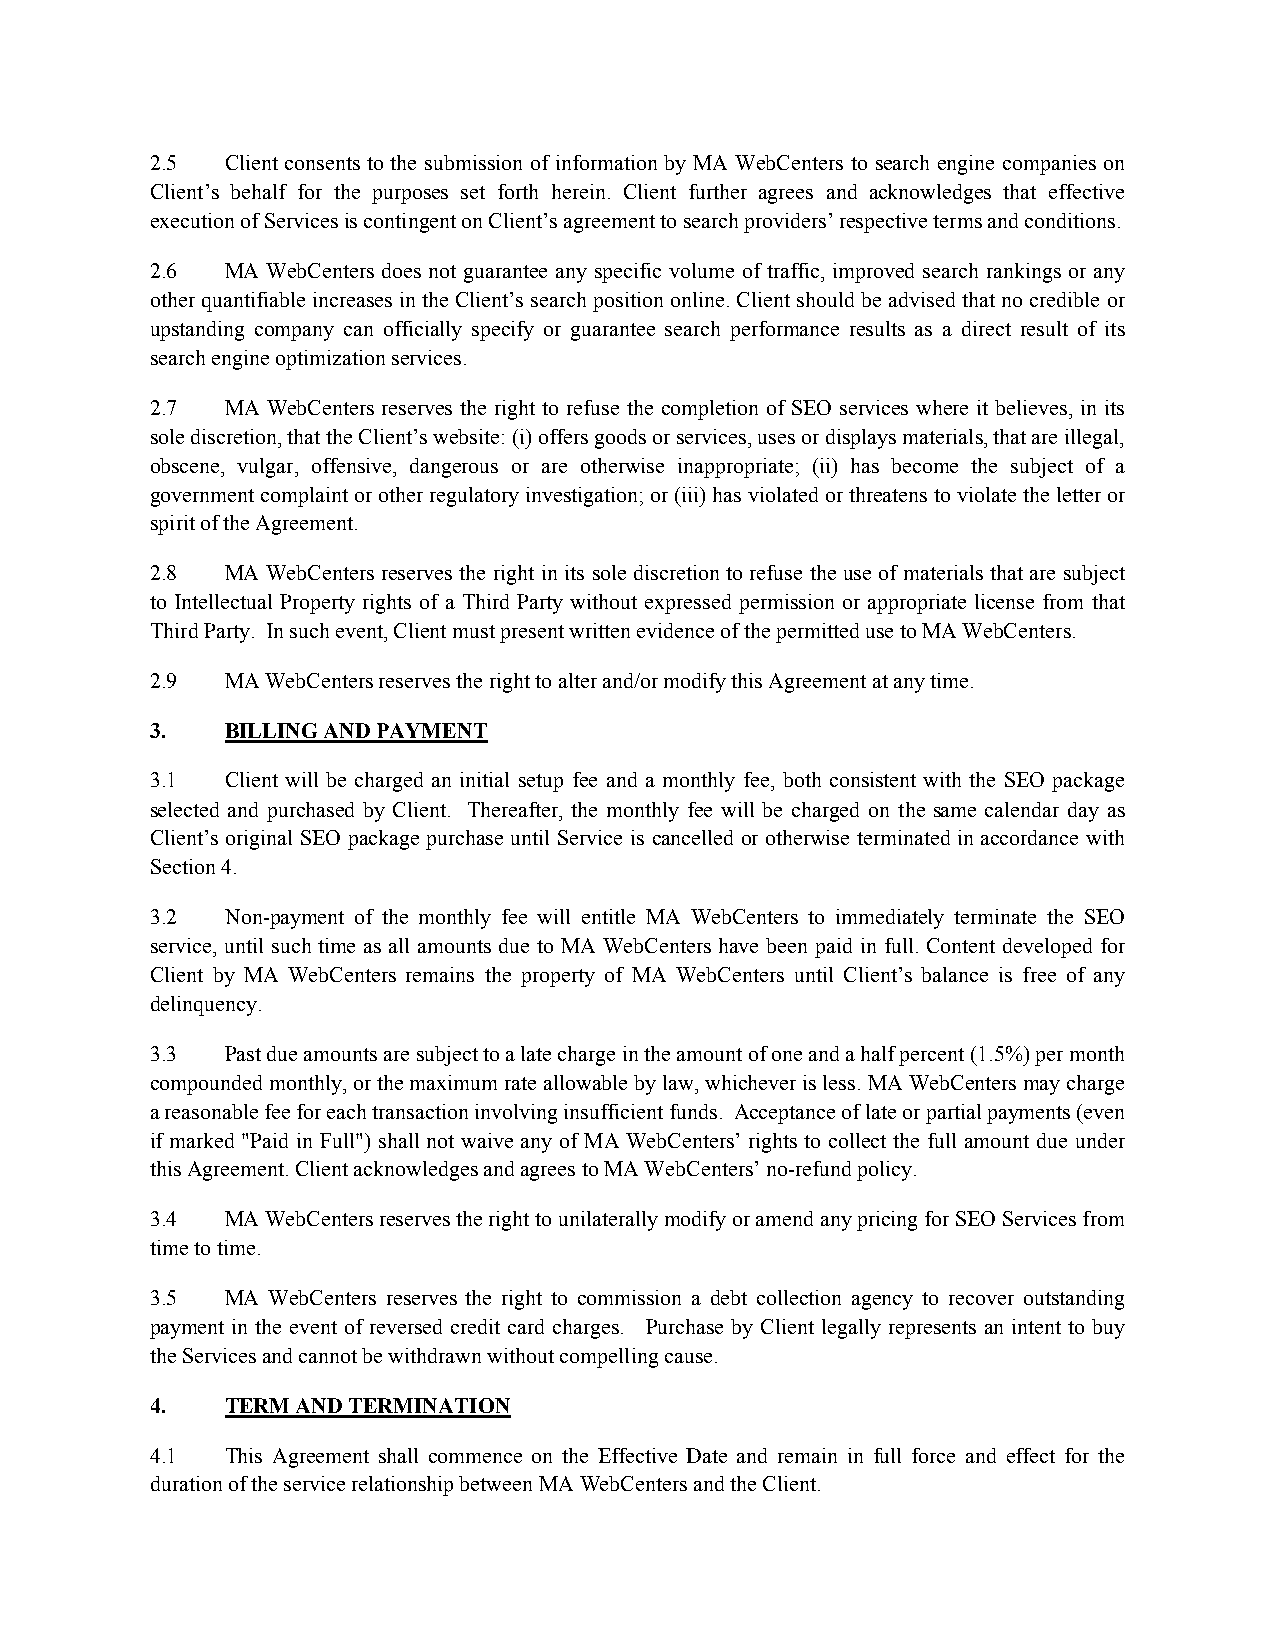
2.5  Client consents to the submission of information by MA WebCenters to search engine companies on
 Client’s behalf for the purposes set forth herein. Client further agrees and acknowledges that effective
 execution of Services is contingent on Client’s agreement to search providers’ respective terms and conditions.
 2.6  MA WebCenters does not guarantee any specific volume of traffic, improved search rankings or any
 other quantifiable increases in the Client’s search position online. Client should be advised that no credible or
 upstanding company can officially specify or guarantee search performance results as a direct result of its
 search engine optimization services.
 2.7  MA WebCenters reserves the right to refuse the completion of SEO services where it believes, in its
 sole discretion, that the Client’s website: (i) offers goods or services, uses or displays materials, that are illegal,
 obscene, vulgar, offensive, dangerous or are otherwise inappropriate; (ii) has become the subject of a
 government complaint or other regulatory investigation; or (iii) has violated or threatens to violate the letter or
 spirit of the Agreement.
 2.8  MA WebCenters reserves the right in its sole discretion to refuse the use of materials that are subject
 to Intellectual Property rights of a Third Party without expressed permission or appropriate license from that
 Third Party. In such event, Client must present written evidence of the permitted use to MA WebCenters.
 2.9  MA WebCenters reserves the right to alter and/or modify this Agreement at any time.
 3.   BILLING AND PAYMENT
 3.1  Client will be charged an initial setup fee and a monthly fee, both consistent with the SEO package
 selected and purchased by Client. Thereafter, the monthly fee will be charged on the same calendar day as
 Client’s original SEO package purchase until Service is cancelled or otherwise terminated in accordance with
 Section 4.
 3.2  Non-payment of the monthly fee will entitle MA WebCenters to immediately terminate the SEO
 service, until such time as all amounts due to MA WebCenters have been paid in full. Content developed for
 Client by MA WebCenters remains the property of MA WebCenters until Client’s balance is free of any
 delinquency.
 3.3  Past due amounts are subject to a late charge in the amount of one and a half percent (1.5%) per month
 compounded monthly, or the maximum rate allowable by law, whichever is less. MA WebCenters may charge
 a reasonable fee for each transaction involving insufficient funds. Acceptance of late or partial payments (even
 if marked "Paid in Full") shall not waive any of MA WebCenters’ rights to collect the full amount due under
 this Agreement. Client acknowledges and agrees to MA WebCenters’ no-refund policy.
 3.4  MA WebCenters reserves the right to unilaterally modify or amend any pricing for SEO Services from
 time to time.
 3.5  MA WebCenters reserves the right to commission a debt collection agency to recover outstanding
 payment in the event of reversed credit card charges. Purchase by Client legally represents an intent to buy
 the Services and cannot be withdrawn without compelling cause.
 4.   TERM AND TERMINATION
 4.1  This Agreement shall commence on the Effective Date and remain in full force and effect for the
 duration of the service relationship between MA WebCenters and the Client.